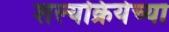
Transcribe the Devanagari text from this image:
शल्यक्रियेच्या